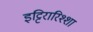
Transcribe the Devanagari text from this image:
इट्टिरारिश्शा